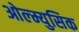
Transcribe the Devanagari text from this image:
ओल्म्युसिक